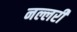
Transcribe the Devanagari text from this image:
नल्लरी